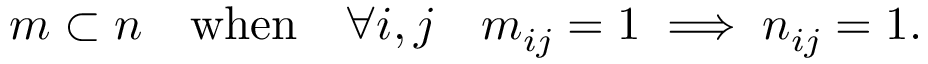
m \subset n \quad { \mathrm { w h e n } } \quad \forall i , j \quad m _ { i j } = 1 \implies n _ { i j } = 1 .